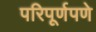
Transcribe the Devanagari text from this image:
परिपूर्णपणे